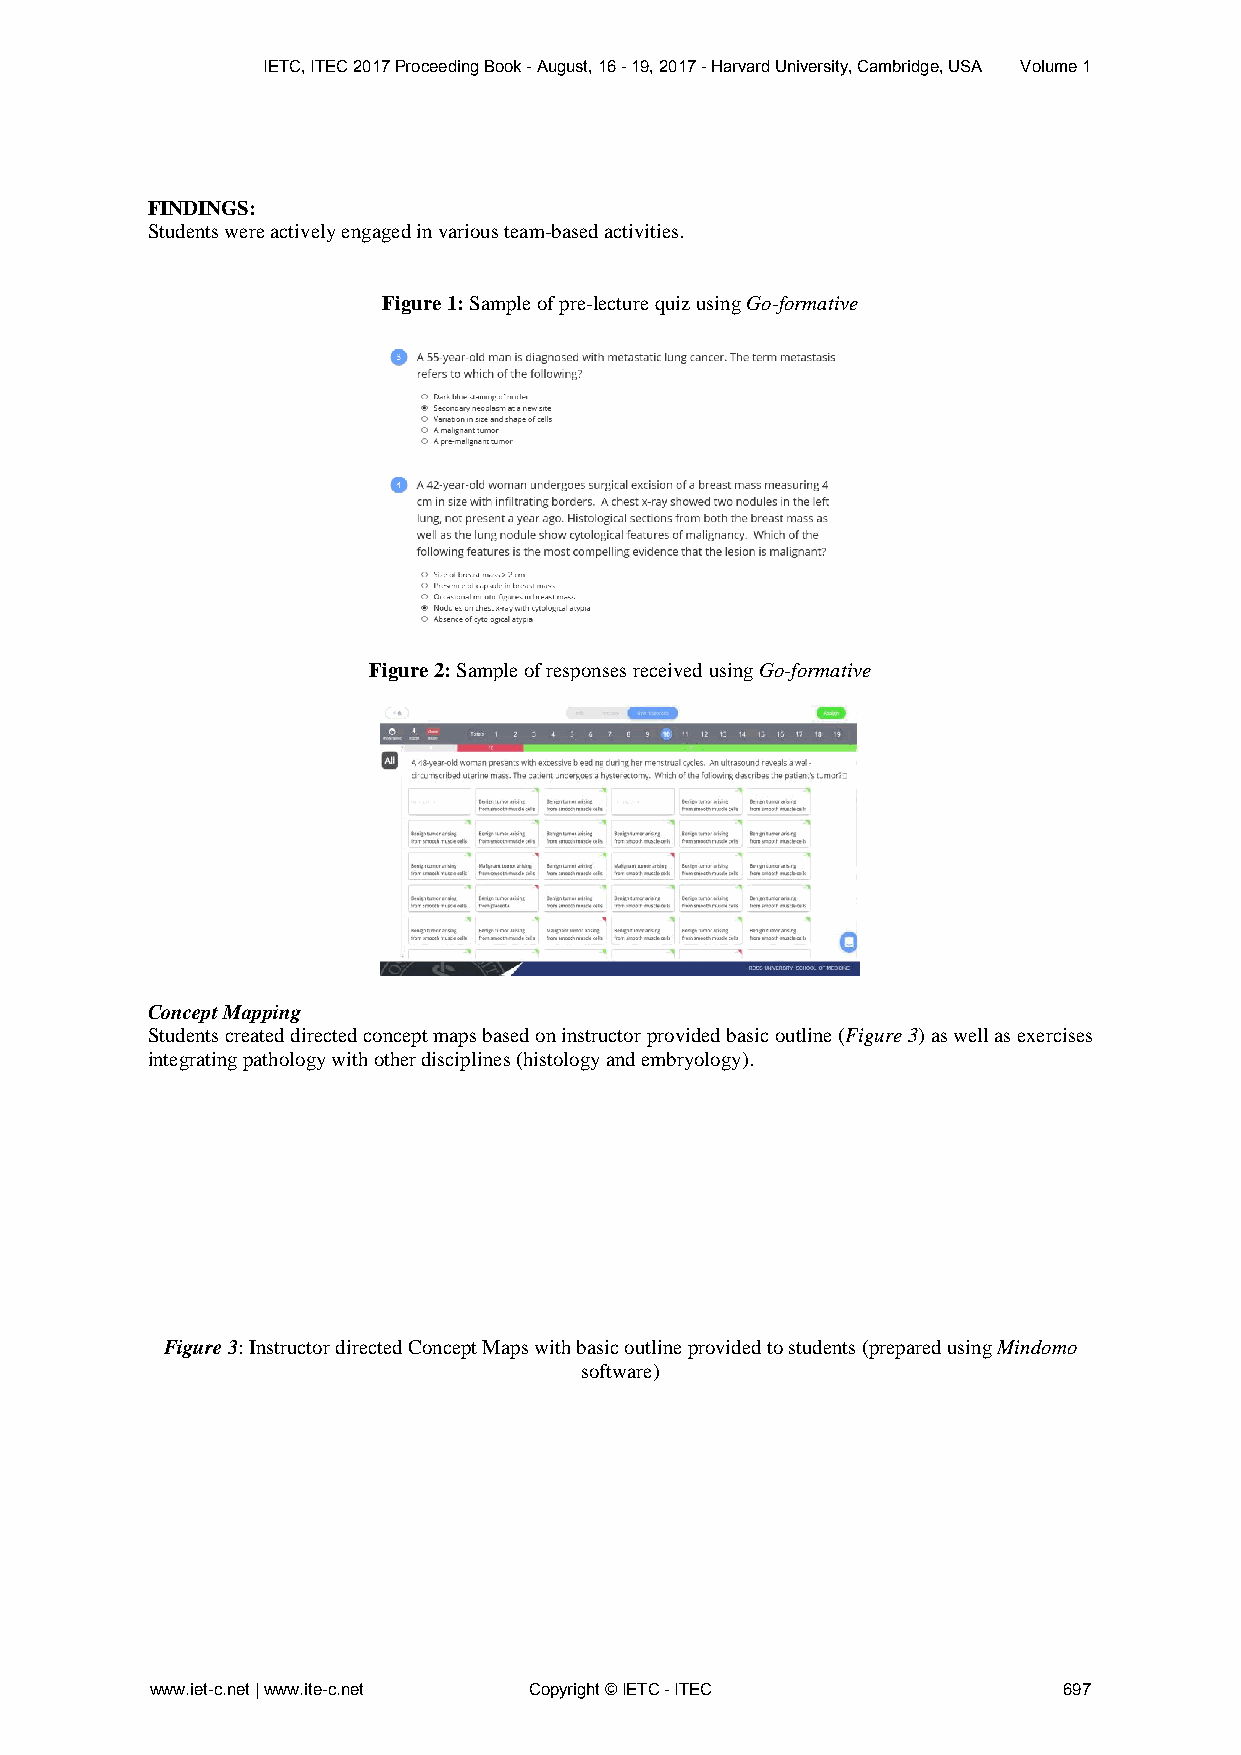
IETC, ITEC 2017 Proceeding Book - August, 16 - 19, 2017 - Harvard University, Cambridge, USA Volume 1
 FINDINGS:
 Students were actively engaged in various team-based activities.
 Figure 1: Sample of pre-lecture quiz using Go-formative
 Figure 2: Sample of responses received using Go-formative
 Concept Mapping
 Students created directed concept maps based on instructor provided basic outline (Figure 3) as well as exercises
 integrating pathology with other disciplines (histology and embryology).
 Figure 3: Instructor directed Concept Maps with basic outline provided to students (prepared using Mindomo
 software)
 www.iet-c.net | www.ite-c.net Copyright © IETC - ITEC       697